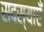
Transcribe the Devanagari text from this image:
सदस्याएँ